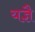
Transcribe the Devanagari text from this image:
यज्ञै